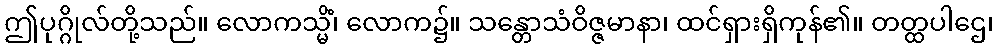
ဤပုဂ္ဂိုလ်တို့သည်။ လောကသ္မိံ၊ လောက၌။ သန္တောသံဝိဇ္ဇမာနာ၊ ထင်ရှားရှိကုန်၏။ တတ္ထပါဌေ၊